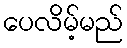
ပေလိမ့်မည်